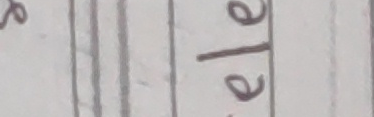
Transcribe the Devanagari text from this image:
अले